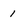
Character: 1